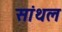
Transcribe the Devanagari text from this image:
सांथल